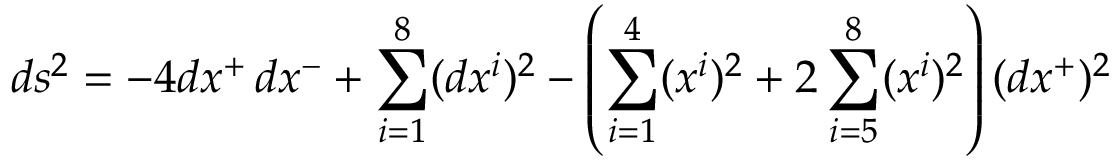
d s ^ { 2 } = - 4 d x ^ { + } \, d x ^ { - } + \sum _ { i = 1 } ^ { 8 } ( d x ^ { i } ) ^ { 2 } - \left( \sum _ { i = 1 } ^ { 4 } ( x ^ { i } ) ^ { 2 } + 2 \sum _ { i = 5 } ^ { 8 } ( x ^ { i } ) ^ { 2 } \right) ( d x ^ { + } ) ^ { 2 }